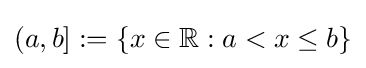
(a,b]:=\{x\in \mathbb {R} :a<x\leq b\}